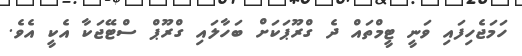
ހަމަޖެހިފައި ވަނީ ޓީމްތައް ދެ ގްރޫޕަކަށް ބަހާލައި ގްރޫޕް ސްޓޭޖަކާ އެކީ އެވެ.